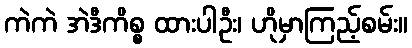
ကဲကဲ အဲဒီကိစ္စ ထားပါဦး၊ ဟိုမှာကြည့်စမ်း။